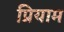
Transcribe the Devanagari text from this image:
प्रियाम